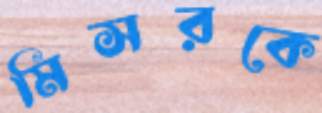
মিসরকে